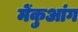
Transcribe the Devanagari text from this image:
मेंकुआंग